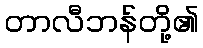
တာလီဘန်တို့၏